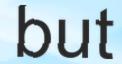
but